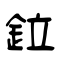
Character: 鉝